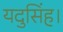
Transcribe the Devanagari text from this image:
यदुसिंह।